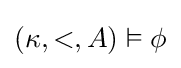
(\kappa ,<,A)\vDash \phi